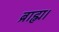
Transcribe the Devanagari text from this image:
ब्राह्म।